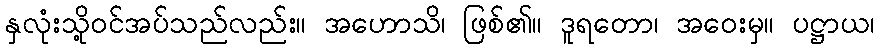
နှလုံးသို့ဝင်အပ်သည်လည်း။ အဟောသိ၊ ဖြစ်၏။ ဒူရတော၊ အဝေးမှ။ ပဋ္ဌာယ၊